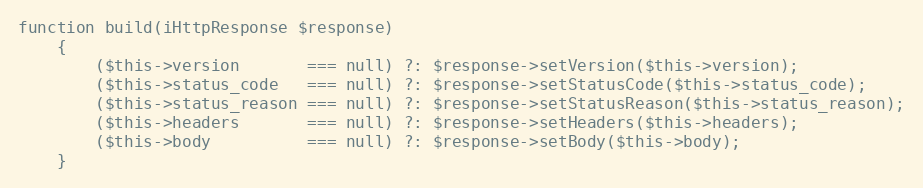
Language: PHP
function build(iHttpResponse $response)
    {
        ($this->version       === null) ?: $response->setVersion($this->version);
        ($this->status_code   === null) ?: $response->setStatusCode($this->status_code);
        ($this->status_reason === null) ?: $response->setStatusReason($this->status_reason);
        ($this->headers       === null) ?: $response->setHeaders($this->headers);
        ($this->body          === null) ?: $response->setBody($this->body);
    }